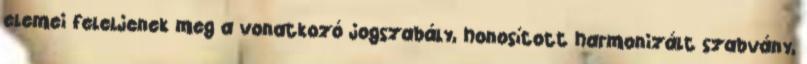
elemei feleljenek meg a vonatkozó jogszabály, honosított harmonizált szabvány,